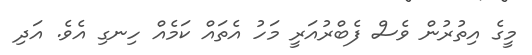
މީގެ އިތުރުން ވެސް ފެބްރުއަރީ މަހު އެތައް ކަމެއް ހިނގި އެވެ. އަދި